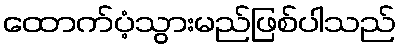
ထောက်ပံ့သွားမည်ဖြစ်ပါသည်